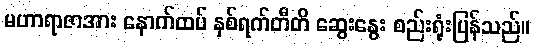
မဟာရာဇာအား နောက်ထပ် နှစ်ရက်တီတိ ဆွေးနွေး စည်းရုံးပြန်သည်။